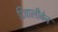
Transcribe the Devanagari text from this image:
दिवालीबेन